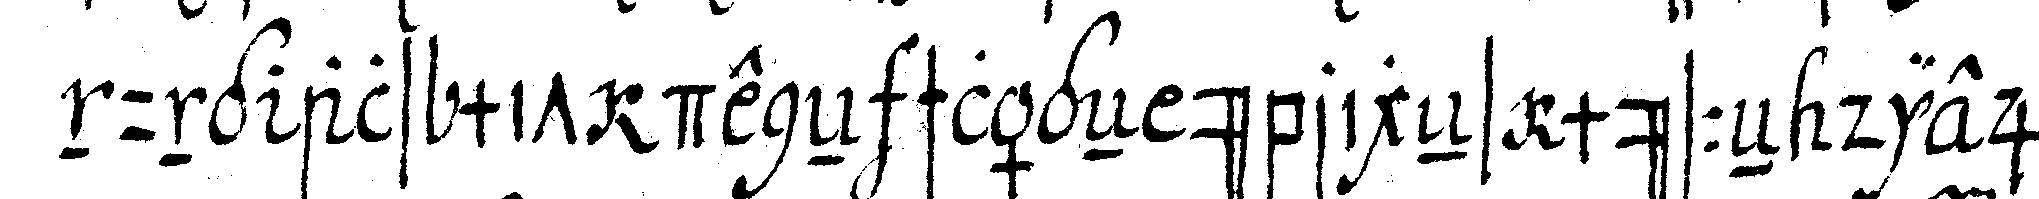
nung als mit deneN schlägeN übrigeNs müsseN dieje